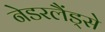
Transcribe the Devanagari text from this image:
नेडरलैंड्से